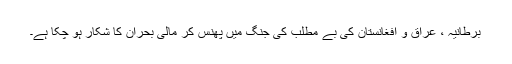
برطانیہ ، عراق و افغانستان کی بے مطلب کی جنگ میں پھنس کر مالی بحران کا شکار ہو چکا ہے۔